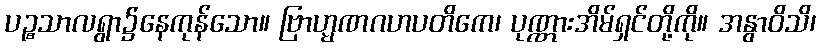
ပဉ္စသာလရွာ၌နေကုန်သော။ ဗြာဟ္မဏဂဟပတိကေ၊ ပုဏ္ဏားအိမ်ရှင်တို့ကို။ အနွာဝိသိ၊